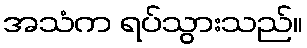
အသံက ရပ်သွားသည်။